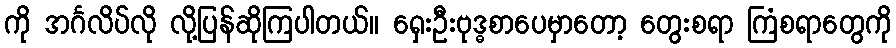
ကို အင်္ဂလိပ်လို လို့ပြန်ဆိုကြပါတယ်။ ရှေးဦးဗုဒ္ဓစာပေမှာတော့ တွေးစရာ ကြံစရာတွေကို